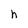
Character: h